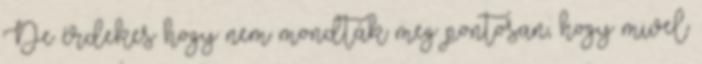
De érdekes hogy nem mondták meg pontosan, hogy mivel